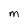
Character: M